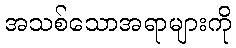
အသစ်သောအရာများကို